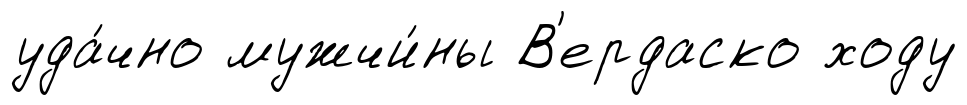
уда́чно мужчи́ны В'ердаско ходу